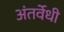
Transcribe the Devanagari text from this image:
अंतर्वेधी